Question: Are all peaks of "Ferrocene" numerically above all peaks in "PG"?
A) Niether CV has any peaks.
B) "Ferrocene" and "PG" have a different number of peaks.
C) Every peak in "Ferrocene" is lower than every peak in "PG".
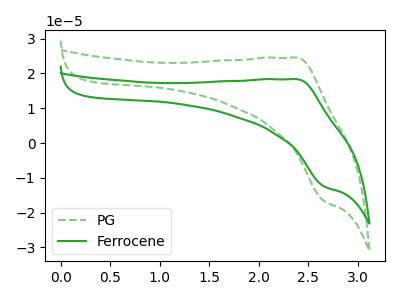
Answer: <think>The green dashed curve "PG" has an anodic peak at (2.40V, 24.55uA) and a cathodic peak at (2.65V, -16.65uA). The green curve "Ferrocene" has an anodic peak at (2.40V, 18.35uA) and a cathodic peak at (2.65V, -12.45uA).</think>
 <answer>C) Every peak in "Ferrocene" is lower than every peak in "PG".</answer>
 <eval>C</eval>